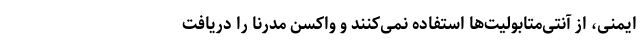
ایمنی، از آنتی‌متابولیت‌ها استفاده نمی‌کنند و واکسن مدرنا را دریافت